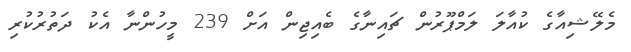
މެލޭޝިއާގެ ކުއާލަ ލަމްޕޫރުން ޗައިނާގެ ބެއިޖިން އަށް 239 މީހުންނާ އެކު ދަތުރުކުރި